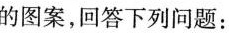
的图案，回答下列问题：